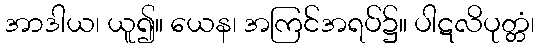
အာဒါယ၊ ယူ၍။ ယေန၊ အကြင်အရပ်၌။ ပါဋလိပုတ္တံ၊